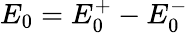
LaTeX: E_{0}=E_{0}^{+}-E_{0}^{-}